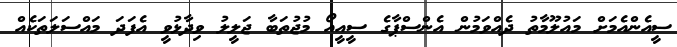
ސީއެންއެމަށް މައުލޫމާތު ދެއްވަމުން އެންސްޕާގެ ސީއީއޯ މުޖުތަބާ ޖަލީލު ވިދާޅުވީ އެފަދަ މައްސަލަތަކެއް